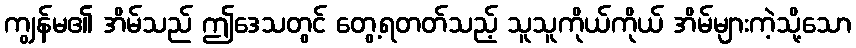
ကျွန်မ၏ အိမ်သည် ဤဒေသတွင် တွေ့ရတတ်သည့် သူသူကိုယ်ကိုယ် အိမ်များကဲ့သို့သော